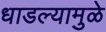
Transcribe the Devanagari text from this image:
धाडल्यामुळे